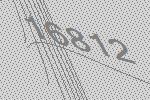
16812